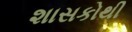
શાસકોથી